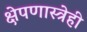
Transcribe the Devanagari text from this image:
क्षेपणास्त्रेही